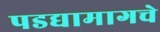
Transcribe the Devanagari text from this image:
पडद्यामागचे